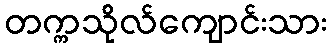
တက္ကသိုလ်ကျောင်းသား